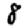
Digit: 8